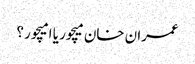
عمران خان میچور یا امیچور ؟